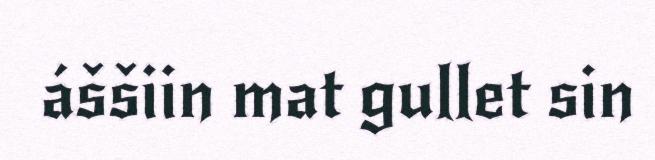
áššiin mat gullet sin